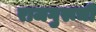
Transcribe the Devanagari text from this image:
राजगुरूची